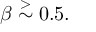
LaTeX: \beta \stackrel { > } { \sim } 0 . 5 .